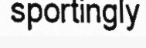
sportingly